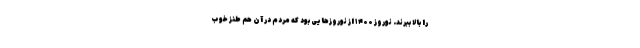
را بالا ببرند. نوروز ۱۴۰۰ از نوروزهایی بود که مردم در آن هم طنز خوب